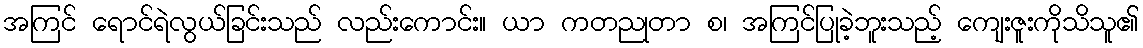
အကြင် ရောင်ရဲလွယ်ခြင်းသည် လည်းကောင်း။ ယာ ကတညုတာ စ၊ အကြင်ပြုခဲ့ဘူးသည့် ကျေးဇူးကိုသိသူ၏